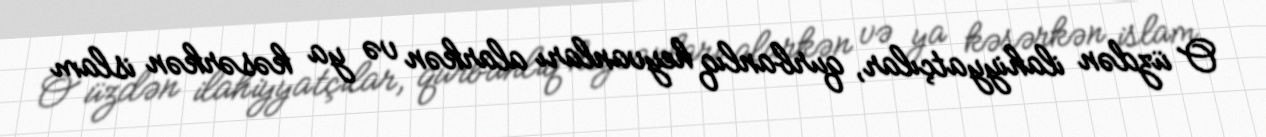
O üzdən ilahiyyatçılar, qurbanlıq heyvanları alarkən və ya kəsərkən islam